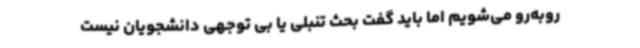
روبه‌رو می‌شویم اما باید گفت بحث تنبلی یا بی توجهی دانشجویان نیست